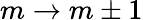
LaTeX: m\to m\pm 1